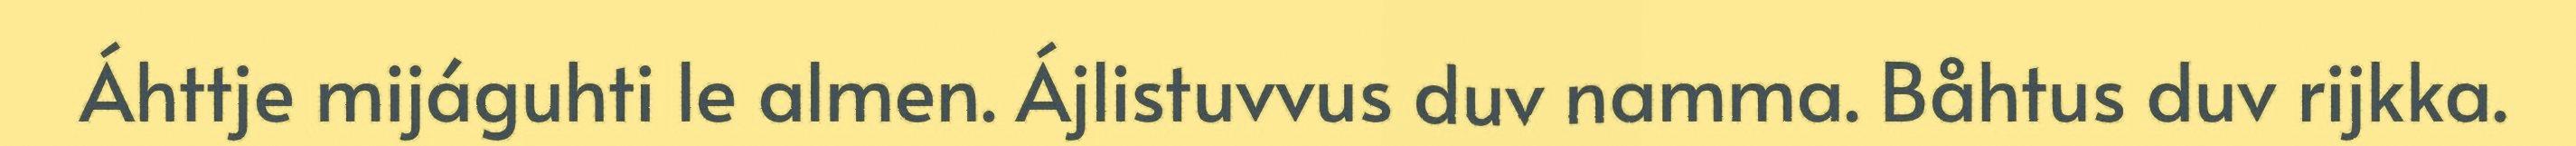
Áhttje mijáguhti le almen. Ájlistuvvus duv namma. Båhtus duv rijkka.